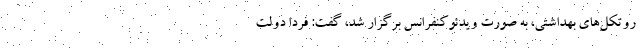
روتکل‌های بهداشتی، به صورت ویدئوکنفرانس برگزار شد، گفت: فردا دولت